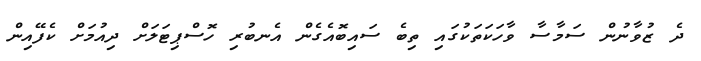
ދެ ޒުވާނުން ސަމާސާ ވާހަކަތަކުގައި ތިބެ ސައިބޮއެގެން އެނބުރި ހޮސްޕިޓަލަށް ދިއުމަށް ކެފޭއިން